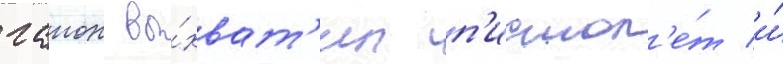
гаион вы́хват'ил п'истол'е́т и́